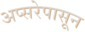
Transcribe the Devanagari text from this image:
अप्सरेपासून